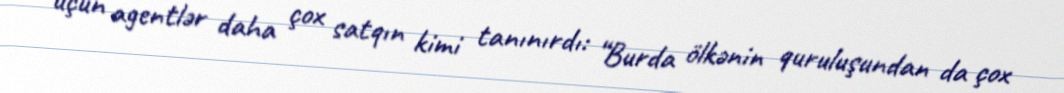
üçün agentlər daha çox satqın kimi tanınırdı: “Burda ölkənin quruluşundan da çox